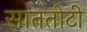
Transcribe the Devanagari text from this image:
साततोटी